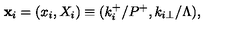
{ \bf x } _ { i } = ( x _ { i } , X _ { i } ) \equiv ( k _ { i } ^ { + } / P ^ { + } , k _ { i \perp } / \Lambda ) ,